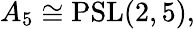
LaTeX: A_{5}\cong\operatorname{PSL}(2,5),